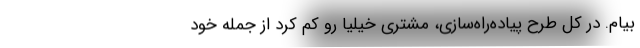
بیام. در کل طرح پیاده‌راه‌سازی، مشتری خیلیا رو کم کرد از جمله خود